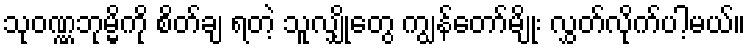
သုဝဏ္ဏဘုမ္မိကို စိတ်ချ ရတဲ့ သူလျှိုတွေ ကျွန်တော်မျိုး လွှတ်လိုက်ပါ့မယ်။